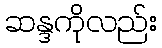
ဆန္ဒကိုလည်း